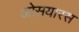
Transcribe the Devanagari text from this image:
ओसयारस